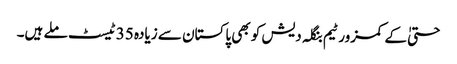
حتیٰ کے کمزور ٹیم بنگلہ دیش کو بھی پاکستان سے زیادہ 35 ٹیسٹ ملے ہیں۔